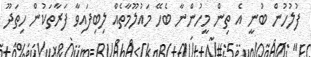
ފުލުހުން ބުނީ އެ ތިން މީހުންނާ ބެހޭ މައުލޫމާތެއް ލިބިފައިވާ ފަރާތަކުން ހިތަދޫ